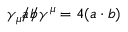
\gamma _ { \mu } { a \! \! \! / } { b \! \! \! / } \gamma ^ { \mu } = 4 ( a \cdot b )